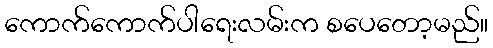
ကောက်ကောက်ပါရေးလမ်းက စပေတော့မည်။